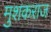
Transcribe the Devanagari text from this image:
मुशकराज